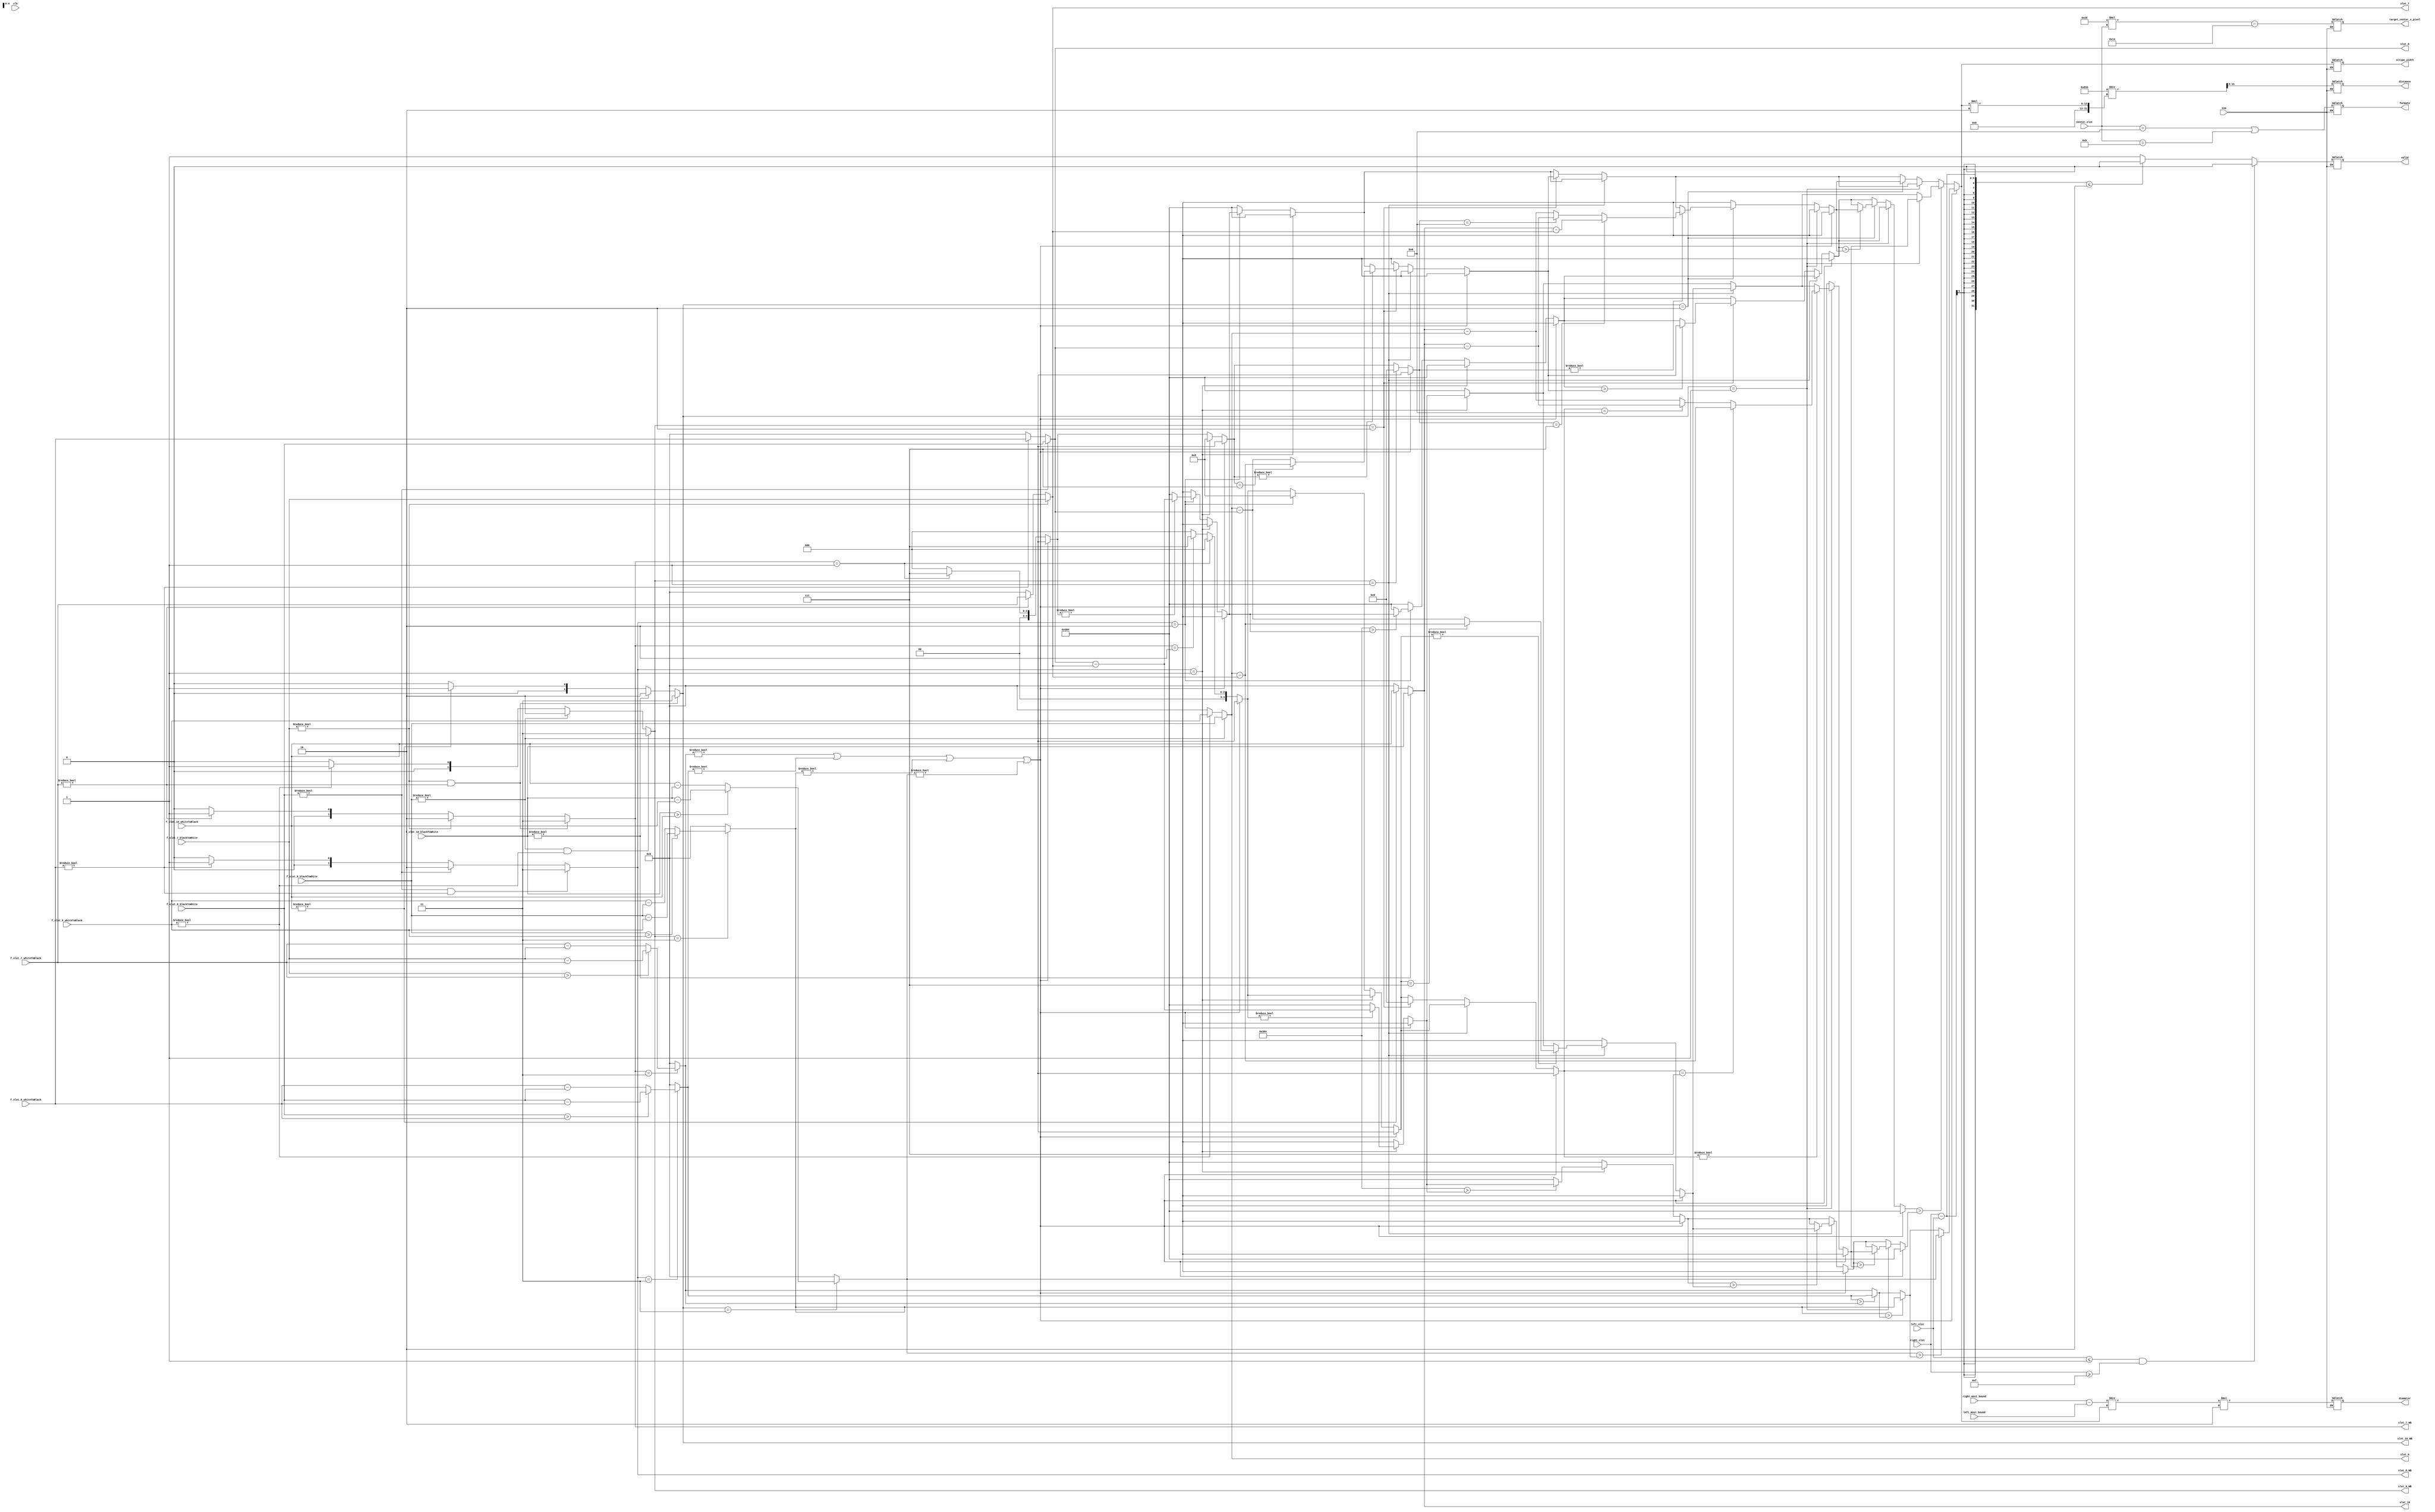
module buildiing_distance_cal
(
    //input [7:0] height_rt_cam,
    //input [7:0] cali_size,
    //input [7:0] cali_distance,
    //change
	input clk,
    input [4:0] center_slot,
	input [4:0] left_slot,
	input [4:0] right_slot,
    input [10:0] f_slot_7_blackToWhite,
    input [10:0] f_slot_8_blackToWhite,
    input [10:0] f_slot_9_blackToWhite,
    input [10:0] f_slot_10_blackToWhite,

    input [10:0] f_slot_7_whiteToBlack,
    input [10:0] f_slot_8_whiteToBlack,
    input [10:0] f_slot_9_whiteToBlack,
    input [10:0] f_slot_10_whiteToBlack,
	//input [4:0] count_w_b, 
	//input [4:0] count_b_w,
	input [10:0] left_most_bound,
	input [10:0] right_most_bound,

    input eop,
    
    output reg valid,
    output reg formate,
    output reg [10:0] target_center_x_pixel,
    output reg [11:0] distance,
	output reg [11:0] diameter,
    
    output reg [10:0] slot_7,
    output reg [10:0] slot_8,
    output reg [10:0] slot_9,
    output reg [10:0] slot_10,

    output reg [1:0] slot_7_WB,
    output reg [1:0] slot_8_WB,
    output reg [1:0] slot_9_WB,
    output reg [1:0] slot_10_WB,
	output reg [10:0] stripe_width
    //output [7:0] distance,
    // output [7:0] heigh 
);
parameter IMAGE_W = 11'd640;
parameter cali_size = 11'd70;
parameter cali_distance = 11'd30;
// reg [10:0] slot_7, slot_8, slot_9, slot_10;
// reg slot_7_WB, slot_8_WB, slot_9_Wb, slot_10_WB;

reg [4:0] count_slots;
reg [10:9] left_slot_1, right_slot_1;
reg [11:0] total_slot;
reg [10:0] tmp_white_width, tmp_black_width;
reg [10:0] min_white_width, min_black_width;
reg [4:0] first_wb, first_bw;
wire [10:0] min_slot_7, min_slot_8, min_slot_9, min_slot_10;
reg [10:0] max_width_inside_slot;
//reg [4:0] count_tot_slots;

// formate = 0 :: center
wire [10:0] c_1, c_2, c_3, c_4;
assign min_slot_7 = (slot_7_WB == 3)? (f_slot_7_blackToWhite > f_slot_7_whiteToBlack) ? (f_slot_7_blackToWhite - f_slot_7_whiteToBlack) : (f_slot_7_whiteToBlack - f_slot_7_blackToWhite) : 0;
assign min_slot_8 = (slot_8_WB == 3)? (f_slot_8_blackToWhite > f_slot_8_whiteToBlack) ? (f_slot_8_blackToWhite - f_slot_8_whiteToBlack) : (f_slot_8_whiteToBlack - f_slot_8_blackToWhite) : 0;
assign min_slot_9 = (slot_9_WB == 3)? (f_slot_9_blackToWhite > f_slot_9_whiteToBlack) ? (f_slot_9_blackToWhite - f_slot_9_whiteToBlack) : (f_slot_9_whiteToBlack - f_slot_9_blackToWhite) : 0;
assign min_slot_10 = (slot_10_WB == 3)? (f_slot_10_blackToWhite > f_slot_10_whiteToBlack) ? (f_slot_10_blackToWhite - f_slot_10_whiteToBlack) : (f_slot_10_whiteToBlack - f_slot_10_blackToWhite) : 0;

// assign c_1 = min_slot_7;
// assign c_2 = ((min_slot_8 < c_1) && (min_slot_8 != 0)) ? min_slot_8 : c_1;
// assign c_3 = ((min_slot_9 < c_2) && (min_slot_9 != 0)) ? min_slot_9 : c_2;
// assign c_4 = ((min_slot_10 < c_3) && (min_slot_10 != 0)) ? min_slot_10 : c_3; 

assign c_1 = min_slot_7;
assign c_2 = (min_slot_8 > c_1) ? min_slot_8 : c_1;
assign c_3 = (min_slot_9 > c_2 ) ? min_slot_9 : c_2;
assign c_4 = (min_slot_10 > c_3) ? min_slot_10 : c_3; 
always @(*) begin
       
        //  <---- 7 --WB--> <----8--BW--> <----9-WB---> <----10--BW-->
        //  <---- 7 --BW--> <----8--WB--> <----9-BW---> <----10--WB-->
        //  <---- 7 --BW--> <----8--miss--> <----9-BW---> <----10--WB-->
        //  <---- 7---BW-> <----8----> <WB--9----> <---BW 10 ---->
        //  <---- 7---BW-> <----8----> <----9----> <---- WB----> gg miss2 or 
			
		
		slot_7 =(f_slot_7_blackToWhite != 0)? f_slot_7_blackToWhite : (f_slot_7_whiteToBlack != 0)? f_slot_7_whiteToBlack : 0;
		slot_7_WB = ((f_slot_7_blackToWhite != 0) && (f_slot_7_whiteToBlack != 0))? 3: 
					(f_slot_7_blackToWhite != 0)? 2 :
					(f_slot_7_whiteToBlack != 0)? 1 : 0;
		
		slot_8 = (f_slot_8_blackToWhite != 0)? f_slot_8_blackToWhite : (f_slot_8_whiteToBlack != 0)? f_slot_8_whiteToBlack : 0;
		slot_8_WB = ((f_slot_8_blackToWhite != 0) && (f_slot_8_whiteToBlack != 0))? 3: 
					(f_slot_8_blackToWhite != 0)? 2 : 
					(f_slot_8_whiteToBlack != 0)? 1 : 0;

		slot_9 = (f_slot_9_blackToWhite != 0)? f_slot_9_blackToWhite : (f_slot_9_whiteToBlack != 0)? f_slot_9_whiteToBlack : 0;
		slot_9_WB = ((f_slot_9_blackToWhite != 0) && (f_slot_9_whiteToBlack != 0))? 3: 
					(f_slot_9_blackToWhite != 0)? 2 : 
					(f_slot_9_whiteToBlack != 0)? 1 : 0;

		slot_10 = (f_slot_10_blackToWhite != 0)? f_slot_10_blackToWhite : (f_slot_10_whiteToBlack != 0)? f_slot_10_whiteToBlack : 0;
		slot_10_WB = 	((f_slot_7_blackToWhite != 0) && (f_slot_7_whiteToBlack != 0))? 3: 
						(f_slot_10_blackToWhite != 0)? 2 : 
						(f_slot_10_whiteToBlack != 0)? 1 : 0;
		
		
		first_wb = 0;
		first_bw = 0;
		tmp_white_width = 900;
		tmp_black_width = 900;
		min_white_width = 900;
		min_black_width = 900;
		max_width_inside_slot = 0;
		
		if(~(min_slot_7 != 0 || min_slot_8 != 0 || min_slot_9 != 0 || min_slot_10 != 0))  begin
			//slot 7 ------>
			if(slot_7_WB == 1)begin
				first_wb = 7;
			end
			else if(slot_7_WB == 2)begin
				first_bw = 7;
			end

			//slot 8 ------>
			if(slot_8_WB == 1)begin
				//wb detected
				if(first_bw != 0)begin
					//bw ------wb
					tmp_white_width = slot_8 - slot_7;
				end 
				//wb----wb
				first_wb = 8;
				if(min_white_width > tmp_white_width)begin
					min_white_width = tmp_white_width;
				end
			end

			else if(slot_8_WB == 2)begin
				//bw detected
				if(first_wb != 0)begin
					//wb ----bw
					tmp_black_width = slot_8 - slot_7;
				end
				//bw-----bw
				first_bw = 8;
				if(min_black_width > tmp_black_width)begin
					min_black_width = tmp_black_width;
				end
			end

			//slot 9 ------>
			if(slot_9_WB == 1)begin
				//wb detected
				if(first_bw != 0)begin
					if(first_bw == 7)begin
						//bw -----wb------wb? but min is already recorded ignore
						//bw -----?------wb
						tmp_white_width = slot_9 - slot_7;
					end
					else begin
						//first_bw == 8
						//-------bw------wb
						tmp_white_width = slot_9 - slot_8;
					end
					
				end
				first_wb = 9;
				if(min_white_width > tmp_white_width)begin
					min_white_width = tmp_white_width;
				end
			end
			else if(slot_9_WB == 2)begin
				//bw detected
				if(first_wb != 0)begin
					if(first_wb == 7)begin
						//wb------bw-------bw ignore
						tmp_black_width = slot_9 - slot_7;
					end
					else begin
						//first_wb == 8
						//------wb------bw
						tmp_black_width = slot_9 - slot_8;
					end
					
				end
				first_bw = 9;
				if(min_black_width > tmp_black_width)begin
					min_black_width = tmp_black_width;
				end
			end
		
			//slot10 ------>

			if(slot_10_WB == 1)begin
				//wb detected
				if(first_bw != 0)begin
					if(first_bw == 7)begin
						tmp_white_width = slot_9 - slot_7;
					end
					else if(first_bw == 8) begin
						tmp_white_width = slot_10 - slot_8;
					end
					else begin
						//first_bw == 9
						tmp_white_width = slot_10 - slot_9;
					end
				end
				if(min_white_width > tmp_white_width)begin
					min_white_width = tmp_white_width;
				end
			end
			else if(slot_10_WB == 2)begin
				//bw detected
				if(first_wb != 0)begin
					if(first_wb == 7)begin
						tmp_black_width = slot_10 - slot_7;
					end
					else if(first_wb == 8)begin
						tmp_black_width = slot_10 - slot_8;
					end
					else begin
						//first_wb == 9
						tmp_black_width = slot_10 - slot_9;
					end
				end
				if(min_black_width > tmp_black_width)begin
					min_black_width = tmp_black_width;
				end
			end
		end
		
end


always @(posedge clk) begin
    if(eop)begin
		left_slot_1 <= left_slot;
		right_slot_1 <= right_slot;
	end
end



always @(*) begin
    if(eop)begin
		stripe_width = (min_slot_7 != 0 || min_slot_8 != 0 || min_slot_9 != 0 || min_slot_10 != 0)? c_4 : (min_black_width> min_white_width) ? tmp_white_width : tmp_black_width;
        distance = ((cali_size * cali_distance) / (stripe_width*2));
        valid = 	(left_slot <= 1 && right_slot >= 15 )? 0 : // TODO:: this might effect two buildings
					//(right_bound - left_bound > 200)? 0:
					// (upper_bound >= 90) ? 0:
					(right_slot - left_slot <= 2)? 0 : 1;
					//(((left_slot_1 > left_slot) && (left_slot_1 - left_slot > 1))|| ((left_slot_1 <= left_slot) && (left_slot - left_slot_1 > 1)))? 0 :
					//(((right_slot_1 > right_slot) && (right_slot_1 - right_slot > 1)) || ((right_slot_1 <= right_slot) && (right_slot - right_slot_1 > 1)))? 0:
                 	//(distance <= 55 && distance >= 15)? 1:0;
			
        // formate = ((left_bound + right_bound) >> 1 > 260) && ((left_bound + right_bound) >> 1 < 380);
        // target_center_x_pixel = (left_bound + right_bound) >> 1;
        formate = (center_slot == 8 || center_slot == 9);
        target_center_x_pixel = 40 * center_slot - 20;
		//total_slot = count_b_w + count_w_b - 1;
		total_slot= ((right_most_bound - left_most_bound) / stripe_width );
		diameter = total_slot * 2;
		//diameter = total_slot;
    end
end
endmodule